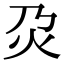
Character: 𤆄